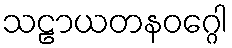
သဠာယတနဝဂ္ဂေါ